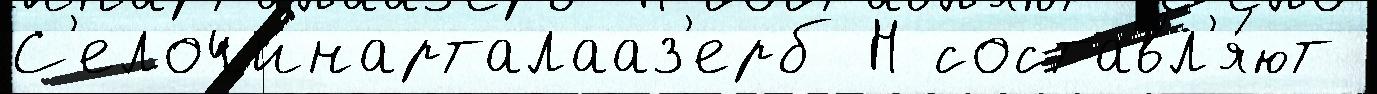
С'елочинарталааз'ерб Н составл'я́ют